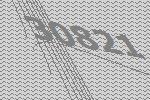
30821